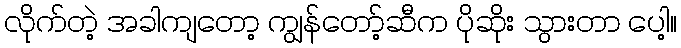
လိုက်တဲ့ အခါကျတော့ ကျွန်တော့်ဆီက ပိုဆိုး သွားတာ ပေါ့။